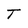
Character: T